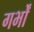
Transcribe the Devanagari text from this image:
गर्भों